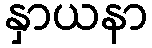
နှာယနာ